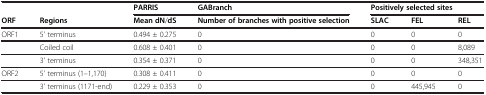
<table><thead><tr><td><b> </b></td><td><b> </b></td><td><b>PARRIS</b></td><td><b>GABranch</b></td><td colspan="3"><b>Positively selected sites</b></td></tr></thead><tbody><tr><td><b>ORF</b></td><td><b>Regions</b></td><td><b>Mean dN</b>/<b>dS</b></td><td><b>Number of branches with positive selection</b></td><td><b>SLAC</b></td><td><b>FEL</b></td><td><b>REL</b></td></tr><tr><td>ORF1</td><td>5&#x27; terminus</td><td>0.494 ± 0.275</td><td>0</td><td>0</td><td>0</td><td>0</td></tr><tr><td> </td><td>Coiled coil</td><td>0.608 ± 0.401</td><td>0</td><td>0</td><td>0</td><td>8,089</td></tr><tr><td> </td><td>3&#x27; terminus</td><td>0.354 ± 0.371</td><td>0</td><td>0</td><td>0</td><td>348,351</td></tr><tr><td>ORF2</td><td>5&#x27; terminus (1–1,170)</td><td>0.308 ± 0.411</td><td>0</td><td>0</td><td>0</td><td>0</td></tr><tr><td> </td><td>3&#x27; terminus (1171-end)</td><td>0.229 ± 0.353</td><td>0</td><td>0</td><td>445,945</td><td>0</td></tr></tbody></table>